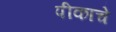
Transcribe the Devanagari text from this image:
पीकाचे